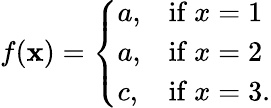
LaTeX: f(\mathbf{x})=\left\{ {\begin{array}{ll}{a,}&{{\mathrm{if~}}x=1}\\ {a,}&{{\mathrm{if~}}x=2}\\ {c,}&{{\mathrm{if~}}x=3.}\end{array}}\right.